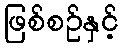
ဖြစ်စဉ်နှင့်